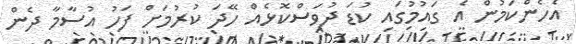
އެހެންކަމުން އެ ގައުމުގައި ކުޑަ ދުވަސްކޮޅެއް ހޭދަ ކުރުމަށް ފަހު އުސާމާ ދެން